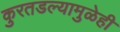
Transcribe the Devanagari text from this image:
कुरतडल्यामुळेही